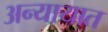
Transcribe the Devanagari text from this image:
अन्यायात